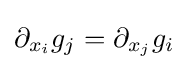
\partial _{x_{i}}g_{j}=\partial _{x_{j}}g_{i}